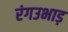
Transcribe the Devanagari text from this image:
रंगउभाड़